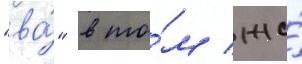
"ва́" в то́м же́